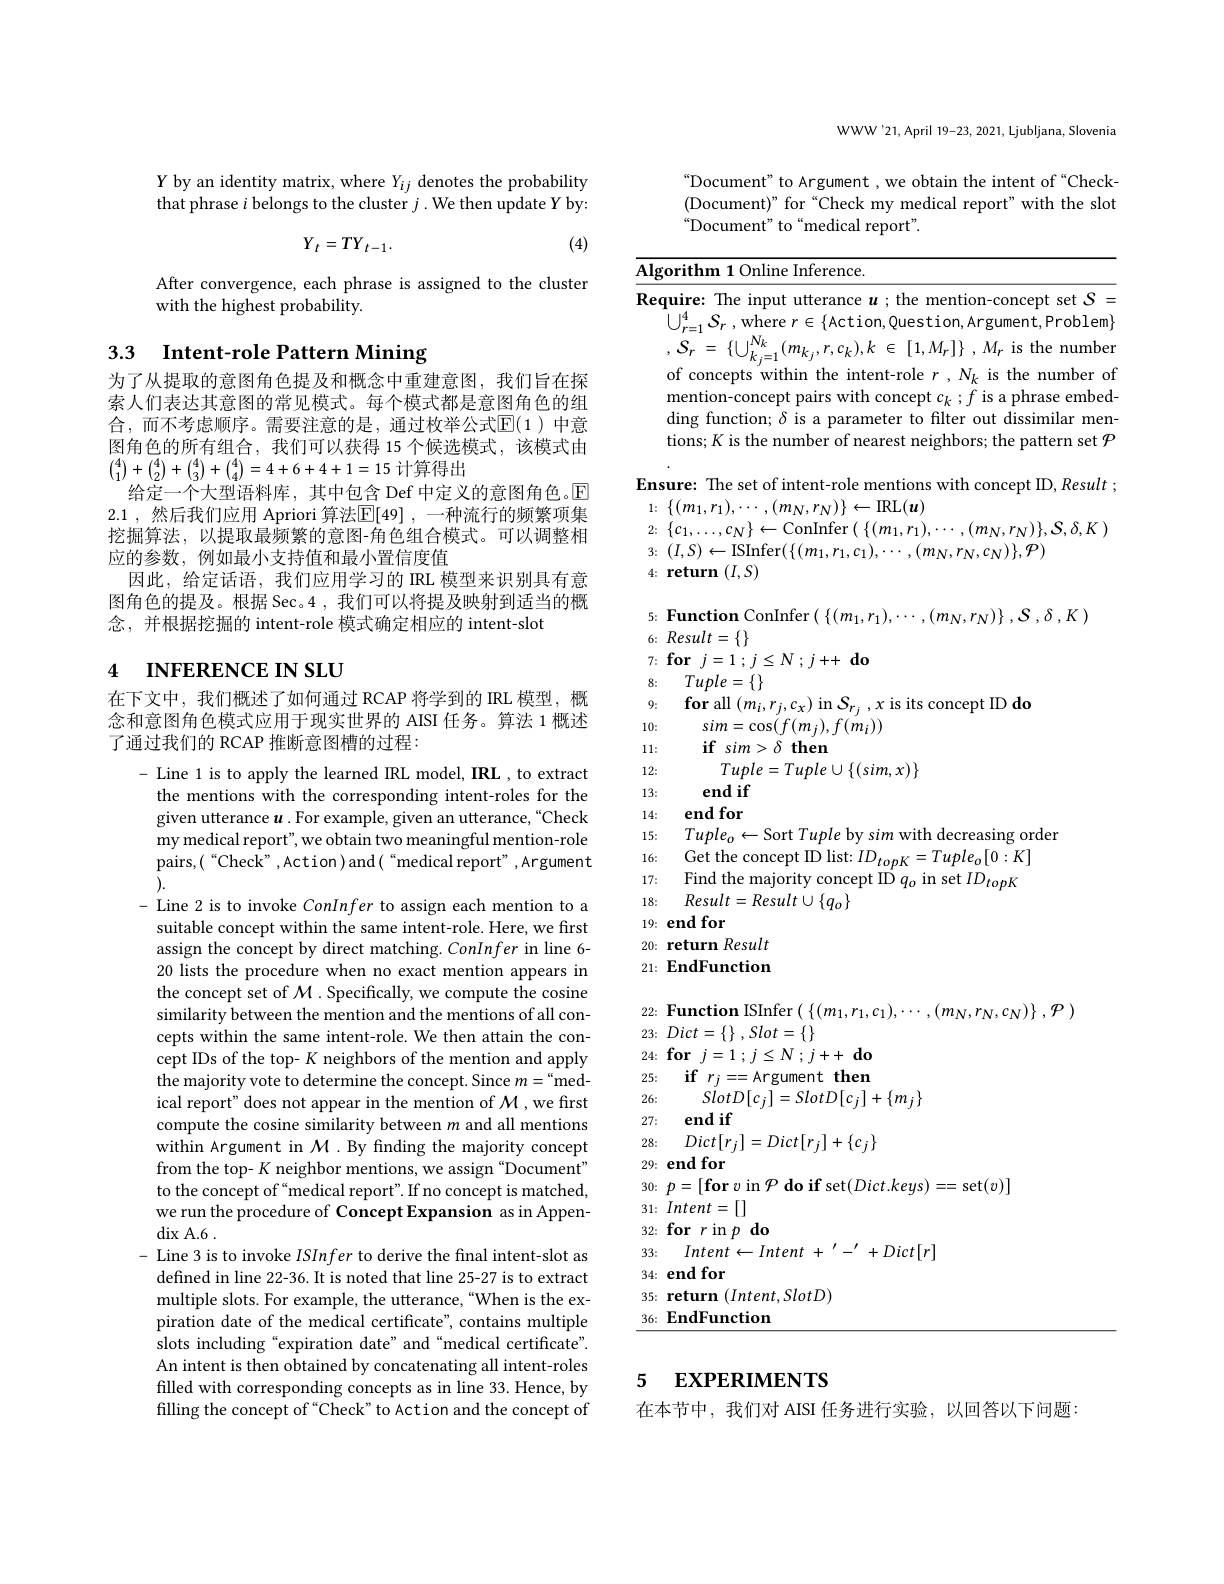
$Y$ by an identity matrix, where $Y_ij$ denotes the probability that phrase $i$ belongs to the cluster $j.$ We then update Y by:
$$Y_{t}=TY_{t-1}.$$
(4)

After convergence, each phrase is assigned to the cluster
with the highest probability.

## 3.3 Intent-role Pattern Mining

为了从提取的意图角色提及和概念中重建意图，我们旨在探索人们表达其意图的常见模式。每个模式都是意图角色的组合，而不考虑顺序。需要注意的是，通过枚举公式$\mathbb{E}(1)$ 中意图角色的所有组合，我们可以获得 15 个候选模式，该模式由$\binom41+\binom42+\binom43+\binom44=4+6+4+1=15$计算得出
给定一个大型语料库，其中包含 Def 中定义的意图角色。$\mathbb{E}$ 2.1,然后我们应用 Apriori 算法$\mathbb{E}[49]$,一种流行的频繁项集挖掘算法，以提取最频繁的意图-角色组合模式。可以调整相应的参数，例如最小支持值和最小置信度值
因此，给定话语，我们应用学习的 IRL 模型来识别具有意图角色的提及。根据 Sec。4 , 我们可以将提及映射到适当的概念，并根据挖掘的 intent-role 模式确定相应的 intent-slot

# 4 INFERENCE IN SLU

在下文中，我们概述了如何通过 RCAP 将学到的 IRL 模型，概念和意图角色模式应用于现实世界的 AISI 任务。算法 1 概述了通过我们的 RCAP 推断意图槽的过程：

- Line 1 is to apply the learned IRL model, IRL , to extract
the mentions with the corresponding intent-roles for the given utterance $u.$For example, given an utterance,“Check my medical report", we obtain two meaningful mention-role pairs,(“Check”,Action)and(“medical report”,Argument ).
- Line 2 is to invoke ConInfer to assign each mention to a suitable concept within the same intent-role. Here, we first assign the concept by direct matching. ConInfer in line 6- 20 lists the procedure when no exact mention appears in the concept set of $\mathcal{M}.$ Specifically, we compute the cosine similarity between the mention and the mentions of all concepts within the same intent-role. We then attain the concept IDs of the top- $K$ neighbors of the mention and apply the majority vote to determine the concept. Since $m=“$medical report" does not appear in the mention of $\mathcal{M}$,we first compute the cosine similarity between $m$ and all mentions within Argument in $\mathcal{M}$ .By finding the majority concept from the top- $K$ neighbor mentions, we assign "Document" to the concept of “medical report". If no concept is matched, we run the procedure of Concept Expansion as in Appen- $\operatorname{dix}$A.6.
- Line 3 is to invoke ISInfer to derive the fnal intent-slot as defined in line 22-36. It is noted that line 25-27 is to extract multiple slots. For example, the utterance, "When is the expiration date of the medical certificate", contains multiple slots including“expiration date”and“medical certificate". An intent is then obtained by concatenating all intent-roles filled with corresponding concepts as in line 33. Hence, by filling the concept of“Check”to Action and the concept of

WWW'21,April 19-23, 2021, Ljubljana, Slovenia

$“$Document" to Argument, we obtain the intent of“Check- (Document)" for “Check my medical report" with the slot “ Document” to“ medical report" .

Algorithm 1 Online Inference.

Require: The input utterance $u$ ;the mention-concept set $S=$

$\bar{\bigcup } _{r= 1}^{4}S_{r}$ ,where $r\in\{$Action,Question,Argument,Problem$\}$

$,S_r$

$\{ \bigcup _{k_i= 1}^{N_k}( m_{k_j}, r, c_k) , k$ $\in$ $[ 1, M_r] \}$ $, M_r$ is the numben

of concepts within the intent-role $r,N_k$ is the number of

$\begin{array}{l}\text{mention-concept pairs with concept }c_{k}\:;f\text{ is a phrase embed-}\\\text{ding function; }\delta\text{ is a parameter to filter out dissimilar men-}\end{array}$

tions; K is the number of nearest neighbors; the pattern set $\mathcal{P}$

Ensure: The set of intent-role mentions with concept ID, Result ;

1: $\{ ( m_{1}, r_{1}) , \cdots , ( m_{N}, r_{N}) \} \leftarrow$IRL$(\boldsymbol u)$

$2:\{c_{1},\ldots,c_{N}\}\leftarrow$ConInfer$(\{(m_{1},r_{1}),\cdots,(m_{N},r_{N})\},\mathcal{S},\delta,K)$

$3:(I,S)\leftarrow$ISInfer$(\{(m_{1},r_{1},c_{1}),\cdots,(m_{N},r_{N},c_{N})\},\mathcal{P})$

$4\colon$ return $(I,S)$

$5: \textbf{ Function ConInfer}\begin{pmatrix} \{ ( m_{1}, r_{1}) , \cdots , ( m_{N}, r_{N}) \} , \mathcal{S} , \delta , K\end{pmatrix}$
$6\nobreak {: } $ $Result= \{ \}$
$7: \textbf{for}j= 1$ ; $j\leq N$ ; $j+ +$ $\textbf{do}$
8: $Tuple= \{ \}$
9; $\textbf{for all}\left ( m_{i}, r_{j}, c_{x}\right )$in$S_{r_{j}},x$is its concept ID do
10:
$\begin{array}{l}{sim=\cos(f(m_{j}),f(m_{i}))}\\{\textbf{if}sim>\delta\textbf{then}}\end{array}$
11:
$Tuple=Tuple\cup\{(sim,x)\}$
12: 13:
end if
14: end for
15: Tupleo - Sort Tuple by sim with decreasing order
16: Get the concept ID list: $ID_{topK}=Tuple_{o}[0:K]$ 17: Find the majority concept ID $q_o$ in set $ID_{topK}$ 18: $Result= Result\cup \{ q_o\}$
19: end for
20: return Result 21: EndFunction

$22: \textbf{Function ISInfer}\left ( \begin{array} { c } \{ ( m_{1}, r_{1}, c_{1}) , \cdots , ( m_{N}, r_{N}, c_{N}) \} \end{array} , \mathcal{P} \right )$
23: $Dict= \left \{ \right \} , Slot= \left \{ \right \}$
$24: \textbf{for}j= 1$ ; $j\leq N$ ; $j+ +$ $\mathbf{do}$ 25: $\textbf{if}r_{j}= =$Argument then 26:
$SlotD[c_{j}]=SlotD[c_{j}]+\{m_{j}\}$
27: end if
28: $Dict[ r_{j}] = Dict[ r_{j}] + \{ c_{j}\}$
29: end for
$30: p= [ \textbf{for }v$ in $\mathcal{P}$ do if set$(Dict.keys)==$ set$(v)]$
31: $Intent= [ ]$
$32: \textbf{for}r$in$p\textbf{do}$
33: $Intent\leftarrow Intent$ $+ \:^{\prime }- ^{\prime }+ Dict[ r]$
34: end for
35: return $(Intent,SlotD)$
$\underline{36:\:EndFunction}$

## 5 EXPERIMENTS

在本节中，我们对 AISI 任务进行实验，以回答以下问题：